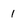
Character: 1